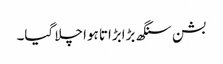
بشن سنگھ بڑابڑاتا ہوا چلا گیا۔